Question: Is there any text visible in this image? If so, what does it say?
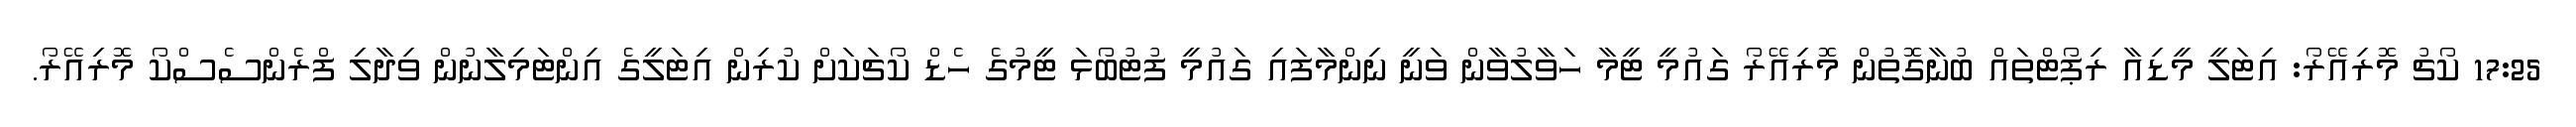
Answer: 17:25 ކޯޗު މޮރިއޭރޯ: އިޓަލީ މީޑިއާ ރިޕޯޓްތައް ބުނާގޮތުން މޮރިއޭރޯ ގައުމީ ޓީމާ ހަވާލުވާން ވަނީ ނިންމާފައި ގައުމީ ފުޓުބޯޅަ ޓީމުގެ ހެޑް ކޯޗަކަށް ކުރިން އިޓަލީގެ އިންޓަމިލާނުން ވިދާލި ފްރެންސެސްކޯ މޮރިއޭރޯ.